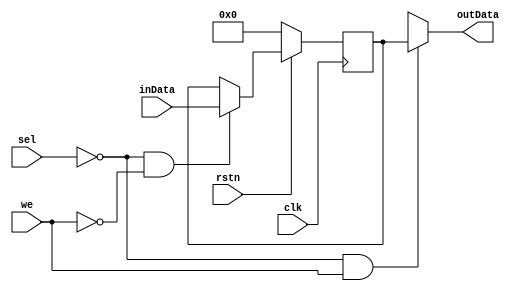
// This program was cloned from: https://github.com/cmdc0de/mysoc
// License: MIT License

/*
* @author cmdc0de
* @params:
* 	clk = clock
* 	we = write enable active low, write inData to Register
* 	sel = select register active low
* 	rstn = active low
*
* 	we low & sel low write data from inData to internal register MyData
* 	put data from MyData into outData when sel is low and we is high
* 	otherwise set outData to HIZ
*
*/
module register #(parameter WIDTH=16)(
	input wire clk, 
	input wire we, 
	input wire sel,
	input wire rstn,
	input wire [WIDTH-1:0] inData, 
	output wire [WIDTH-1:0] outData);

	reg [WIDTH-1:0] MyData;

	always @(posedge clk)
	begin
		if (!rstn) begin
			MyData <= 0;
		end
		else begin
			if (~sel & ~we) 
				MyData <= inData;
			else
				MyData <= MyData;
		end
	end

	assign outData = (~sel & we) ? MyData : WIDTH-1'bz;

endmodule